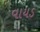
વાયડ